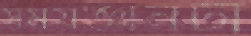
সময়জ্ঞানটা